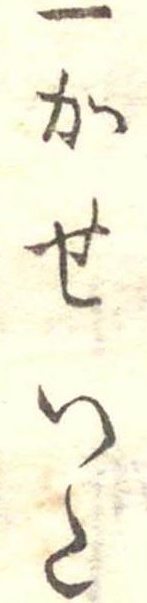
一かせいた